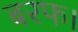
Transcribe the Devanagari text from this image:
बरफ।